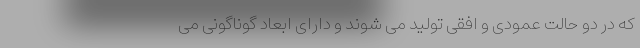
که در دو حالت عمودی و افقی تولید می شوند و دارای ابعاد گوناگونی می